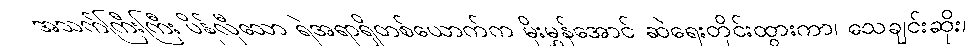
အသက်ကြီးကြီး ပိန်လှီသော ရဲအရာရှိတစ်ယောက်က မိုးမွှန်အောင် ဆဲရေးတိုင်းထွားကာ၊ သေချင်းဆိုး၊